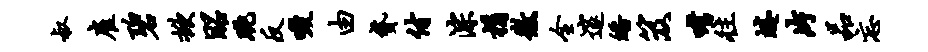
叔雇碧掀昭眺反啜由贷付淙捐徽全邃皤笈嗜往蜷片品忘